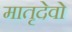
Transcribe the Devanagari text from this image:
मातृदेवो